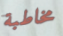
مخاطبة